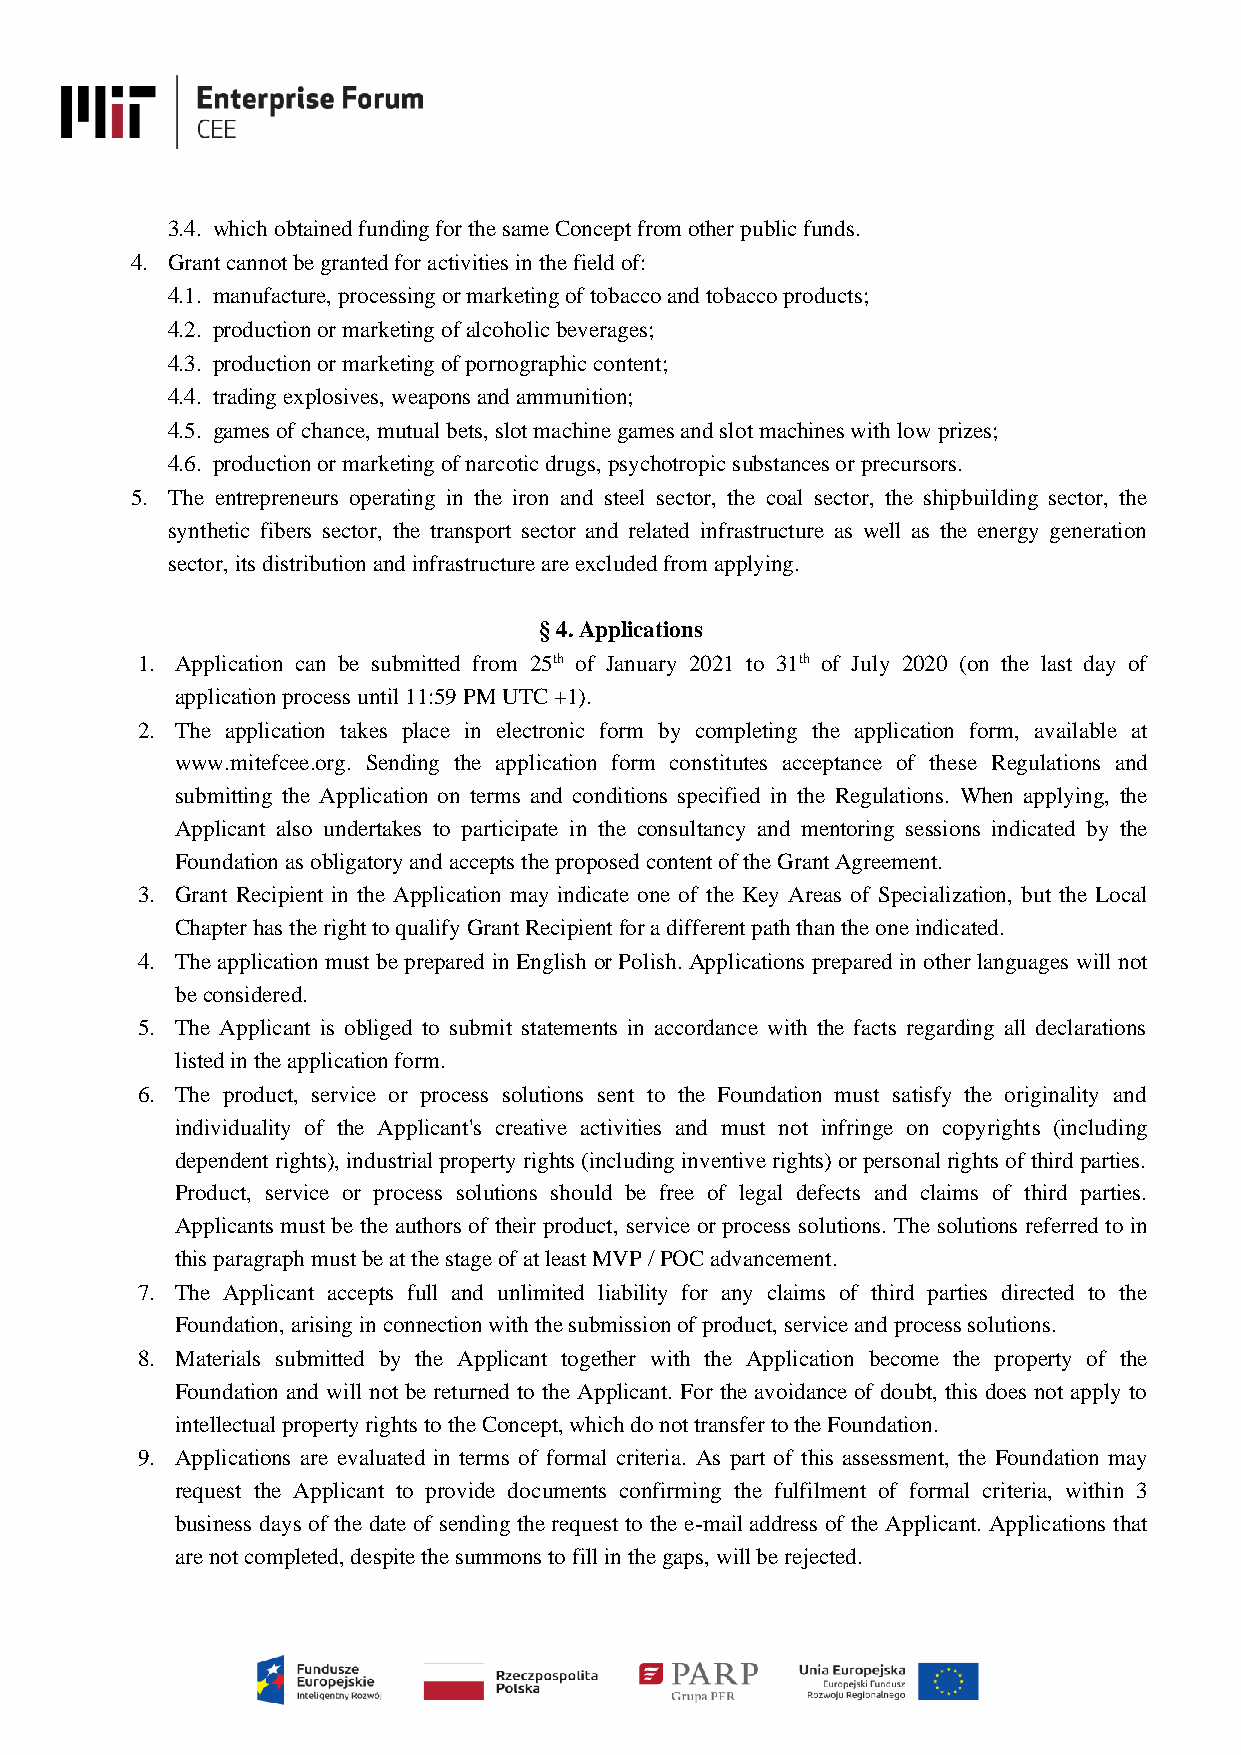
3.4. which obtained funding for the same Concept from other public funds.
 4. Grant cannot be granted for activities in the field of:
 4.1. manufacture, processing or marketing of tobacco and tobacco products;
 4.2. production or marketing of alcoholic beverages;
 4.3. production or marketing of pornographic content;
 4.4. trading explosives, weapons and ammunition;
 4.5. games of chance, mutual bets, slot machine games and slot machines with low prizes;
 4.6. production or marketing of narcotic drugs, psychotropic substances or precursors.
 5. The entrepreneurs operating in the iron and steel sector, the coal sector, the shipbuilding sector, the
 synthetic fibers sector, the transport sector and related infrastructure as well as the energy generation
 sector, its distribution and infrastructure are excluded from applying.
 § 4. Applications
 1. Application can be submitted from 25th of January 2021 to 31th of July 2020 (on the last day of
 application process until 11:59 PM UTC +1).
 2. The application takes place in electronic form by completing the application form, available at
 www.mitefcee.org. Sending the application form constitutes acceptance of these Regulations and
 submitting the Application on terms and conditions specified in the Regulations. When applying, the
 Applicant also undertakes to participate in the consultancy and mentoring sessions indicated by the
 Foundation as obligatory and accepts the proposed content of the Grant Agreement.
 3. Grant Recipient in the Application may indicate one of the Key Areas of Specialization, but the Local
 Chapter has the right to qualify Grant Recipient for a different path than the one indicated.
 4. The application must be prepared in English or Polish. Applications prepared in other languages will not
 be considered.
 5. The Applicant is obliged to submit statements in accordance with the facts regarding all declarations
 listed in the application form.
 6. The product, service or process solutions sent to the Foundation must satisfy the originality and
 individuality of the Applicant's creative activities and must not infringe on copyrights (including
 dependent rights), industrial property rights (including inventive rights) or personal rights of third parties.
 Product, service or process solutions should be free of legal defects and claims of third parties.
 Applicants must be the authors of their product, service or process solutions. The solutions referred to in
 this paragraph must be at the stage of at least MVP / POC advancement.
 7. The Applicant accepts full and unlimited liability for any claims of third parties directed to the
 Foundation, arising in connection with the submission of product, service and process solutions.
 8. Materials submitted by the Applicant together with the Application become the property of the
 Foundation and will not be returned to the Applicant. For the avoidance of doubt, this does not apply to
 intellectual property rights to the Concept, which do not transfer to the Foundation.
 9. Applications are evaluated in terms of formal criteria. As part of this assessment, the Foundation may
 request the Applicant to provide documents confirming the fulfilment of formal criteria, within 3
 business days of the date of sending the request to the e-mail address of the Applicant. Applications that
 are not completed, despite the summons to fill in the gaps, will be rejected.